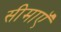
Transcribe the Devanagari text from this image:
सीमाएॅ